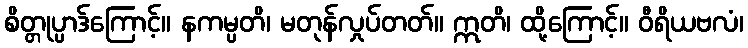
စိတ္တုပ္ပာဒ်ကြောင့်။ နကမ္ပတိ၊ မတုန်လှုပ်တတ်။ ဣတိ၊ ထို့ကြောင့်။ ဝီရိယဗလံ၊